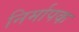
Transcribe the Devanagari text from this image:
निर्मापक